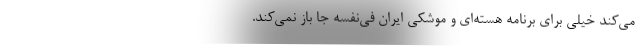
می‌کند خیلی برای برنامه هسته‌ای و موشکی ایران فی‌نفسه جا باز نمی‌کند.